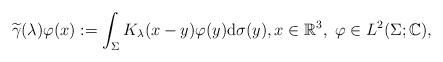
LaTeX: \begin{align*} \widetilde{\gamma}(\lambda) \varphi(x) := \int_\Sigma K_\lambda(x - y) \varphi(y) \mathrm{d} \sigma(y), x \in \mathbb{R}^3, ~\varphi \in L^2(\Sigma; \mathbb{C}),\end{align*}